Statistical return of the lunatic asylum in Assam - 1912-1932
Year: 1912
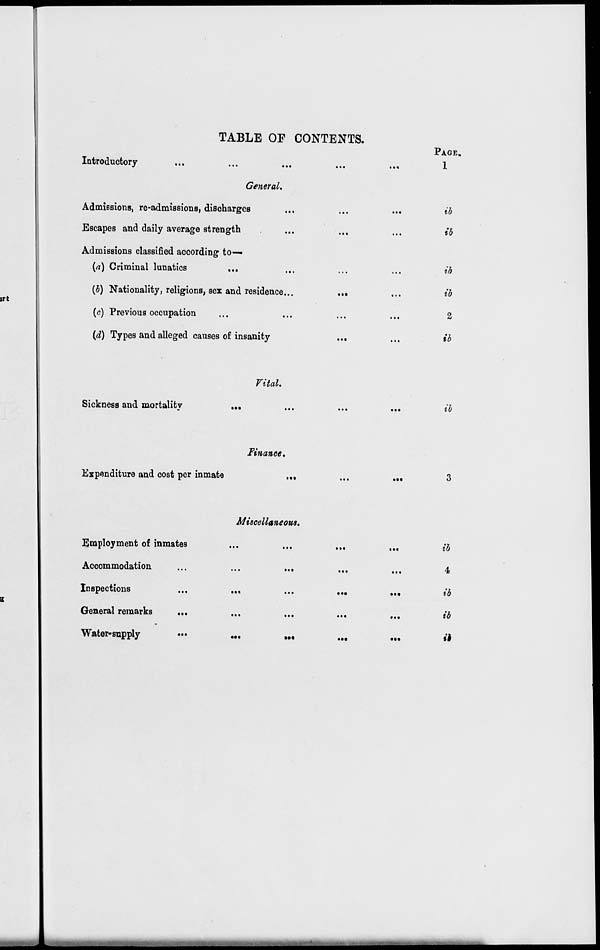
TABLE OE CONTENTS.
irt
Introductory
General.
Admissions, re-admissions, discharges
Escapes and daily average strength
Admissions classified according to—
(a) Criminal lunatics
{b) Nationality, religions, sex and residence...
(c) Previous occupation
(d) Types and alleged causes of insanity
PAGE.
1
ib
ib
ib
ib
2
ib
Vital.
Sickness and mortality
•••
ib
Finance.
Expenditure and cost per inmate
••t
3
Employment of inmates
Accommodation
Inspections
General remarks
...
Water-supply
Miscellaneous.
•••
•••
•••
•■•
ib
4
ib
ib
li